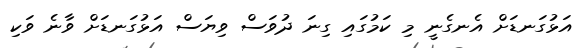
އަޅުގަނޑަށް އެނގެނީ މި ކަމުގައި ގިނަ ދުވަސް ވިޔަސް އަޅުގަނޑަށް ވާނެ ވަކި